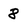
Character: 8